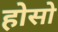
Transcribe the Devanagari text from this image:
होसो